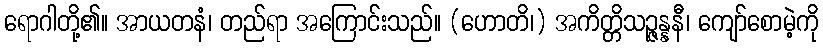
ရောဂါတို့၏။ အာယတနံ၊ တည်ရာ အကြောင်းသည်။ (ဟောတိ၊) အကိတ္တိသဉ္ဇန္နနီ၊ ကျော်စောမဲ့ကို